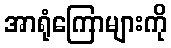
အာရုံကြောများကို